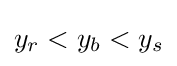
y_{r}<y_{b}<y_{s}